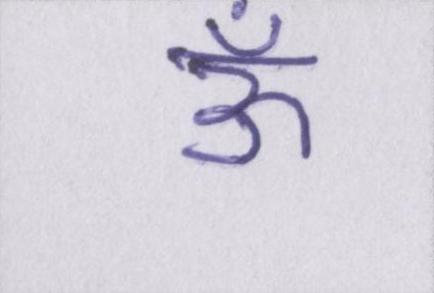
ॐ